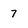
Character: 7